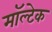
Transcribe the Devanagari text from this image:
मॉल्टेक